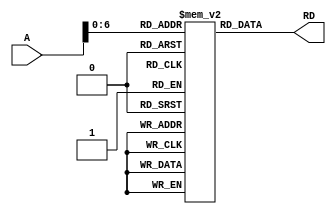
module INST_MEM (A,RD);
input [31:0] A;
output [31:0] RD;

reg [31:0] INST[88:0];

initial begin
 INST[0]  = 32'b1110_000_0010_0_1111_0000_0000_0000_1111; //	    SUB R0, R15, R15 	; R0 = 0
  INST[4] = 32'b1110_010_1100_0_0000_0000_0000_0000_0000; //		 STR  R0, R0 	      ; R0 = 0
 INST[8] = 32'b1110_010_1100_1_0000_0001_0000_0000_0000; //		    LDR R1, [R0, #0] 	; R1 = 0
  
 INST[12]  = 32'b1110_001_0100_0_0000_0010_0000_0000_0101; // 		 ADD R2, R0, #5 		; R2 = 5
 
 INST[16]  = 32'b1110_001_0100_0_0010_0011_0000_0000_0111; // 		 ADD R3, R2, #7		; R3 = R2 + 7 = 12
   INST[20] = 32'b1110_010_1100_0_0000_0011_0000_0000_0001; //		 STR  R3, [R0, #1] 	; R0 = 0
 INST[24] = 32'b1110_010_1100_1_0000_0001_0000_0000_0001; //		 LDR R1, [R0, #1] 	; R1 = 12  // 7ND inst
 
 
 INST[28] = 32'b1110_001_0010_0_0011_0111_0000_0000_1001; // 		 SUB R7, R3, #9 		; R7 = 3
 
 INST[32] = 32'b1110_000_1100_0_0111_0100_0000_0000_0010; // 		 ORR R4, R7, R2 		; R4 = 3 OR 5 = 7
 INST[36] = 32'b1110_010_1100_0_0000_0100_0000_0000_0111; //		 STR R4, [R0, #7] 	; R4 = 7
 INST[40] = 32'b1110_010_1100_1_0000_0001_0000_0000_0111; //		 LDR R1, [R0, #7] 	; R1 = 7 // 11ND inst
 
 INST[44] = 32'b1110_000_0000_0_0011_0101_0000_0000_0100; // 		 AND R5, R3, R4 		; R5 = 12 AND 7 = 4
 INST[48] = 32'b1110_010_1100_0_0000_0101_0000_0000_0011; //		 STR R5, [R0, #3] 	; R5 = 4
 INST[52] = 32'b1110_010_1100_1_0000_0001_0000_0000_0011; //		 LDR R1, [R0, #3] 	; R1 = 4  // 14ND inst
 
 INST[56] = 32'b1110_000_1101_0_0000_0010_00001_01_0_0001; //		 LSR  R2, R1, #1
 INST[60] = 32'b1110_010_1100_0_0000_0010_0000_0000_0100; //		 STR R2, [R0, #4] 	; R2 = 2
 INST[64] = 32'b1110_010_1100_1_0000_0001_0000_0000_0100; //		 LDR R1, [R0, #4] 	; R1 = 2   // 17ND inst
 
 
 INST[68] = 32'b1110_000_1010_1_0001_0000_0000_0000_0010;//			 CMP R1, R2
 
 INST[72] = 32'b1110_000_0100_0_1111_1111_0000_0000_0000; //		 ADD R15, R15, R0 	; PC = PC+8 (skips next)
 INST[76] = 32'b1110_001_0100_0_0000_0010_0000_0000_0001; //		 ADD R2, R0, #10 		; shouldn't happen
 
 INST[80] = 32'b1110_000_1101_0_0000_0010_00011_00_0_0010; //		 LSL  R2, #3  			; R2 = 16
  INST[84] = 32'b1110_010_1100_0_0000_0010_0000_0000_0101; //		 STR R2, [R0, #5] 	; R2 = 16
 INST[88] = 32'b1110_010_1100_1_0000_0010_0000_0000_0101; //		 LDR R2, [R0, #5] 	; R2 = 16
end 

assign RD = INST[A];

endmodule